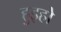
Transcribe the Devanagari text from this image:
हुइहो